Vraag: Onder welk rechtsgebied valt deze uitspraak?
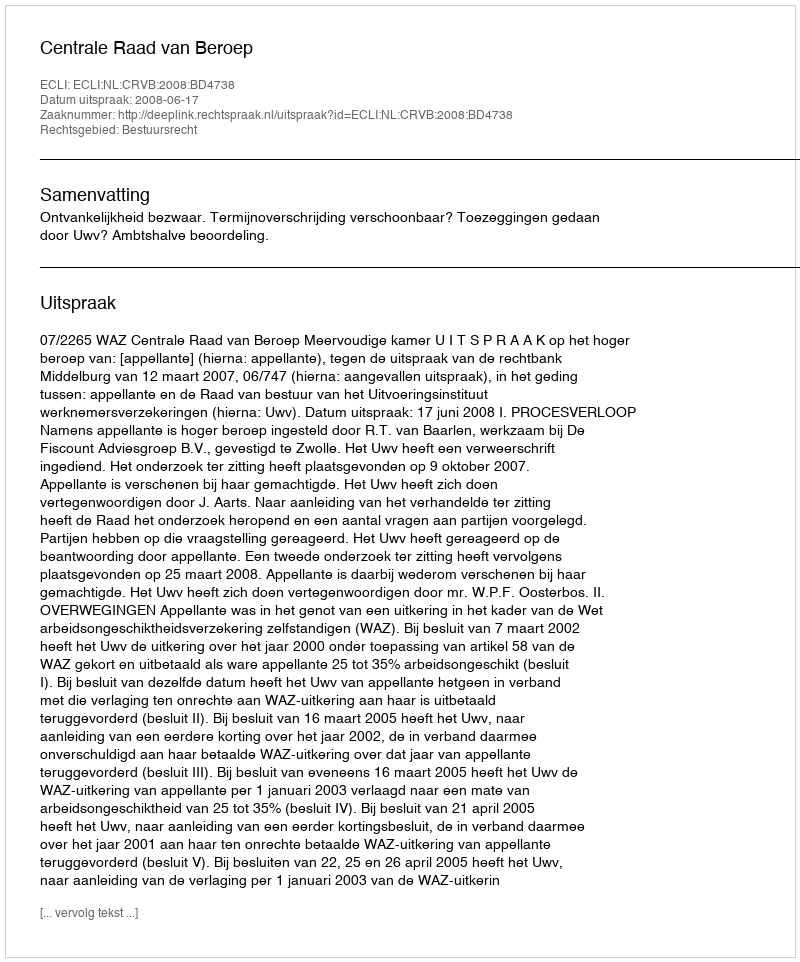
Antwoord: Bestuursrecht